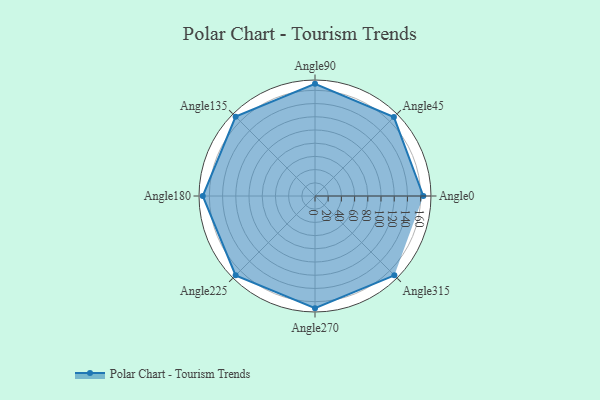
{"axis": {"x": "Angle", "y": "Radius"}, "legend": [""], "data": [{"x": "Angle0", "y": 164.0, "type": ""}, {"x": "Angle45", "y": 169.0, "type": ""}, {"x": "Angle90", "y": 170.0, "type": ""}, {"x": "Angle135", "y": 170, "type": ""}, {"x": "Angle180", "y": 170, "type": ""}, {"x": "Angle225", "y": 170, "type": ""}, {"x": "Angle270", "y": 170, "type": ""}, {"x": "Angle315", "y": 170, "type": ""}]}